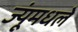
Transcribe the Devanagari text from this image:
ज्यूंमधले